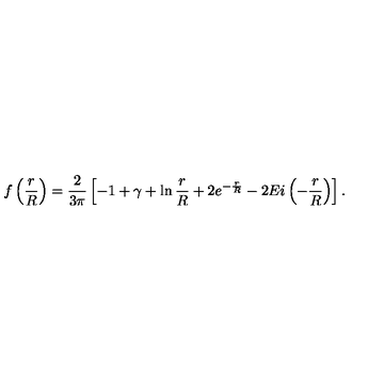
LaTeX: f \left( \frac { r } { R } \right) = \frac { 2 } { 3 \pi } \left[ - 1 + \gamma + \ln \frac { r } { R } + 2 e ^ { - \frac { r } { R } } - 2 E i \left( - \frac { r } { R } \right) \right] .